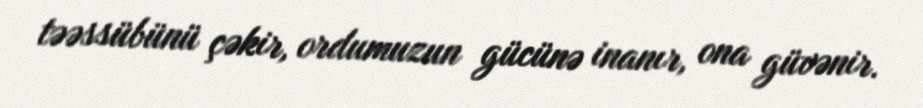
təəssübünü çəkir, ordumuzun gücünə inanır, ona güvənir.